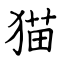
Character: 猫